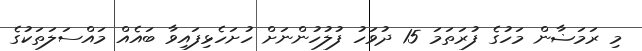
މި ރަމަޟާން މަހުގެ ފުރަތަމަ 15 ދުވަހު ފުލުހުންނަށް ހުށަހެޅިފައިވާ ބައެއް މައްސަލަތަކުގެ